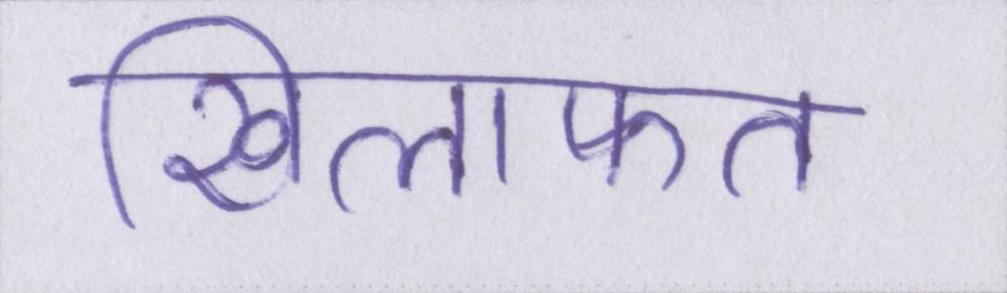
खिलाफत